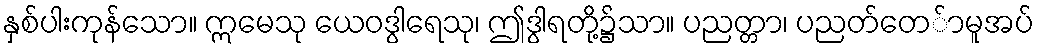
နှစ်ပါးကုန်သော။ ဣမေသု ယေဝဒွါရေသု၊ ဤဒွါရတို့၌သာ။ ပညတ္တာ၊ ပညတ်တေ်ာမူအပ်